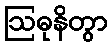
ဩဓုနိတွာ